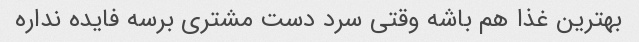
بهترین غذا هم باشه وقتی سرد دست مشتری برسه فایده نداره